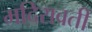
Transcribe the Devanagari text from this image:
मदिरावती